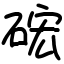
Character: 硡